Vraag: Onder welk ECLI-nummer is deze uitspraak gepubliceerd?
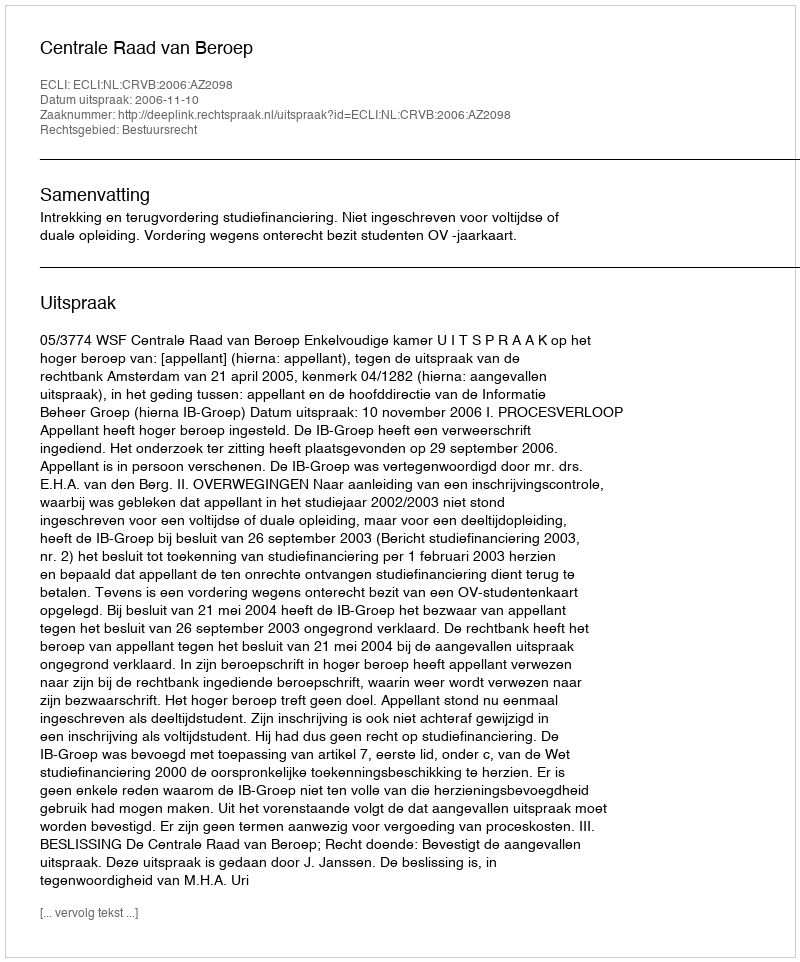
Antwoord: ECLI:NL:CRVB:2006:AZ2098